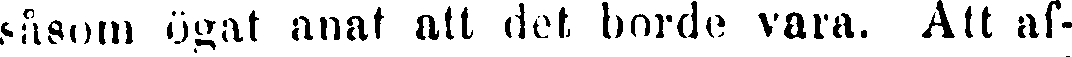
såsom ögat anat att det borde vara. Att af-